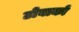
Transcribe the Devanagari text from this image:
टोबाको